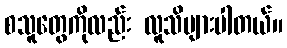
စသူတွေကိုလည်း လူသိများပါတယ်။